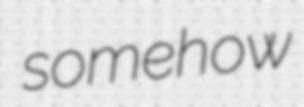
somehow